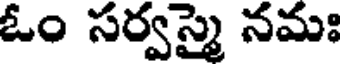
ఓం సర్వస్మై నమః